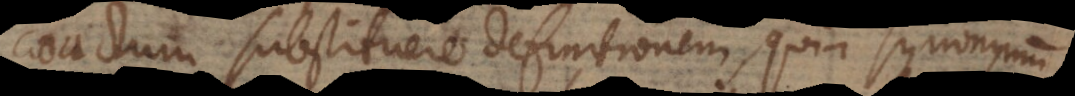
coactum substituere definitionem, quia synonym